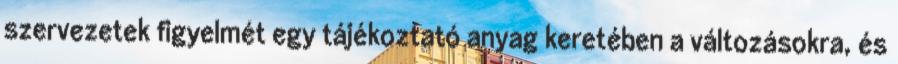
szervezetek figyelmét egy tájékoztató anyag keretében a változásokra, és